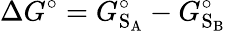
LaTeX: \Delta G^{\circ}=G_{\mathrm{S}_{\mathrm{A}}}^{\circ}-G_{\mathrm{S}_{\mathrm{B}}}^{\circ}